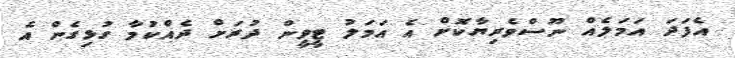
އެފަދަ އަމަލެއް ނޫސްވެރިޔާކޮށް އެ އަމަލު ޓީވީން ދުރަށް ދެއްކުމާ ގުޅިގެން އެ